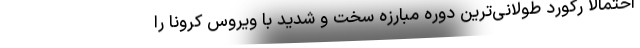
احتمالا رکورد طولانی‌ترین دوره مبارزه سخت و شدید با ویروس کرونا را